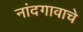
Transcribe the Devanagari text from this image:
नांदगावाचे